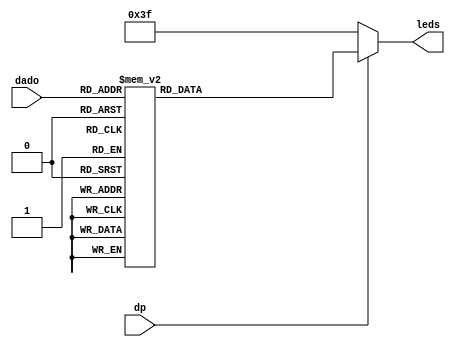
module  display7seg(dp, dado, leds);
input dp;
input [3:0] dado;
output reg [7:0] leds;


always @(*)  		//for any variation in entering below
	begin
		if(dp==1)
		begin
			case(dado)	//Command case, for variable dado the following options:
		
				4'b0000: leds =  7'b1000000; //0
				4'b0001: leds =  7'b1111001; //1
				4'b0010: leds =  7'b0100100; //2
				4'b0011: leds =  7'b0110000; //3
				4'b0100: leds =  7'b0011001; //4
				4'b0101: leds =  7'b0010010; //5
				4'b0110: leds =  7'b0000010; //6
				4'b0111: leds =  7'b1111000; //7
				4'b1000: leds =  7'b0000000; //8
				4'b1001: leds =  7'b0010000; //9
				4'b1010: leds =  7'b0001000; //A
				4'b1011: leds =  7'b0000011; //B
				4'b1100: leds =  7'b1000110; //C
				4'b1101: leds =  7'b0100001; //D
				4'b1110: leds =  7'b0000110; //E
				4'b1111: leds =  7'b0001110; //F
				
			default 
			
				leds = 7'b1111111; //for the options that the case does not meet the default
													//will play such outputs for display	
			endcase
	
		end
		
		else
		begin
			leds = 7'b0111111;
		end
		
	end

endmodule